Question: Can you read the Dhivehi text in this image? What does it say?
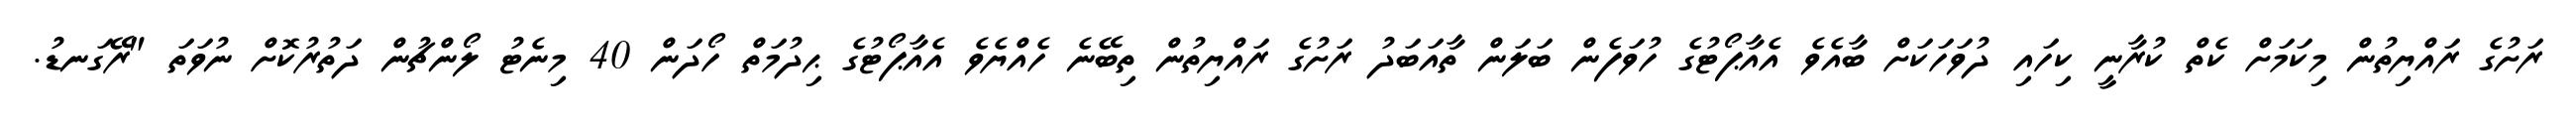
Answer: ރަށުގެ ރައްޔިތުން މިކަމަށް ކެތް ކުރާނީ ކިހައި ދުވަހަކަށް ބާއެވެ އެއާޕޯޓުގެ ހުވަފެން ބަލަން ތާއަބަދު ރަށުގެ ރައްޔިތުން ތިބޭނެ ހެއްޔެވެ އެއާޕޯޓުގެ ޙިދުމަތް ހޯދަން 40 މިނެޓު ލޯންޗުން ދަތުރުކޮށް ނުވަތަ "ރޭގަނޑު.